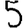
Digit: 5